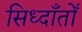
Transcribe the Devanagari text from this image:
सिध्दाँतोँ